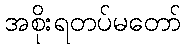
အစိုးရတပ်မတော်